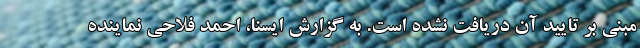
مبنی بر تایید آن دریافت نشده است. به گزارش ایسنا، احمد فلاحی نماینده